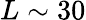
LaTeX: L\sim 30